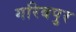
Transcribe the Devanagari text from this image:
गरिबपुर